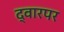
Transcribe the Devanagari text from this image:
द्वारपर